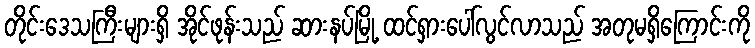
တိုင်းဒေသကြီးများရှိ အိုင်ဖုန်းသည် ဆားနပ်မြို့ ထင်ရှားပေါ်လွင်လာသည် အတုမရှိကြောင်းကို